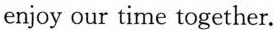
enjoy our time together.